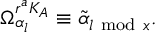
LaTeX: \Omega _ { \alpha _ { l } } ^ { r ^ { a } K _ { A } } \equiv \tilde { \alpha } _ { l \mathrm { ~ m o d ~ } x } .